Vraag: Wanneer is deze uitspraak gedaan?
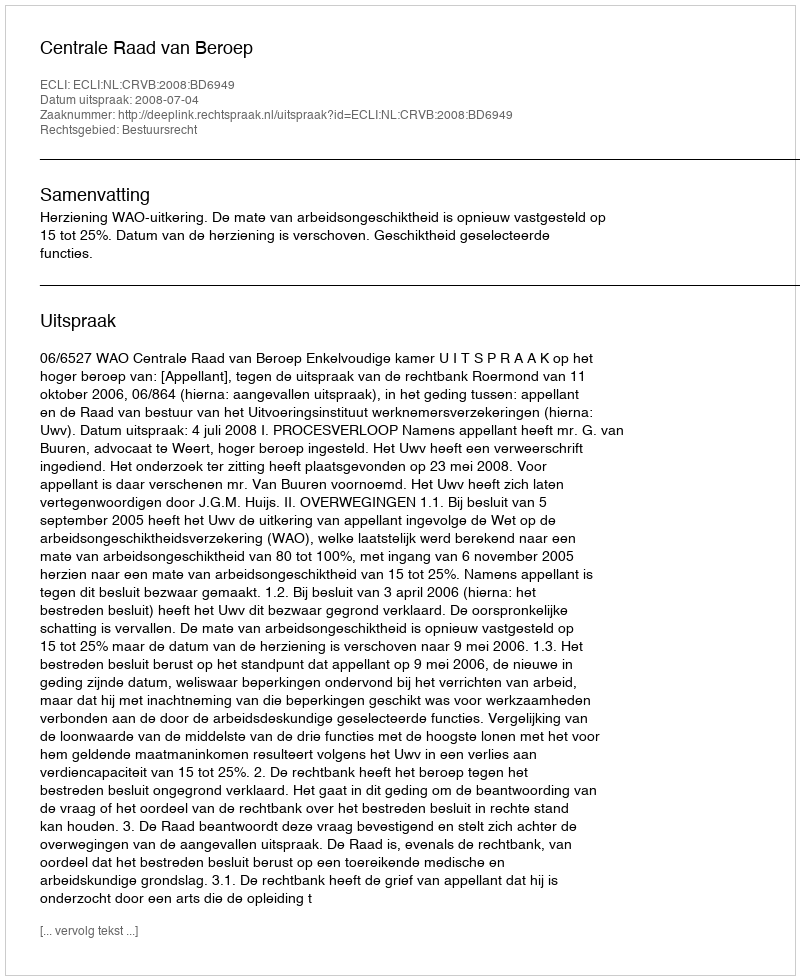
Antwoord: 2008-07-04